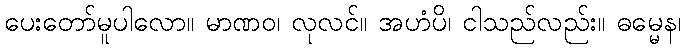
ပေးတော်မူပါလော။ မာဏဝ၊ လုလင်။ အဟံပိ၊ ငါသည်လည်း။ ဓမ္မေန၊